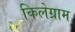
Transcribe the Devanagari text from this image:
किलेग्राम